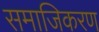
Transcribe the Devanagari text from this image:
समाजिकरण